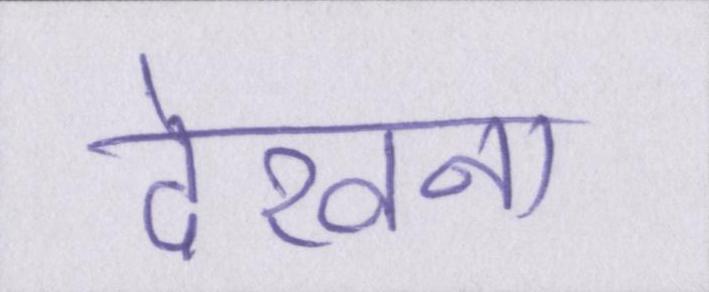
देखना